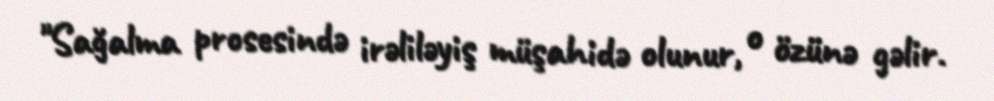
"Sağalma prosesində irəliləyiş müşahidə olunur, o özünə gəlir.